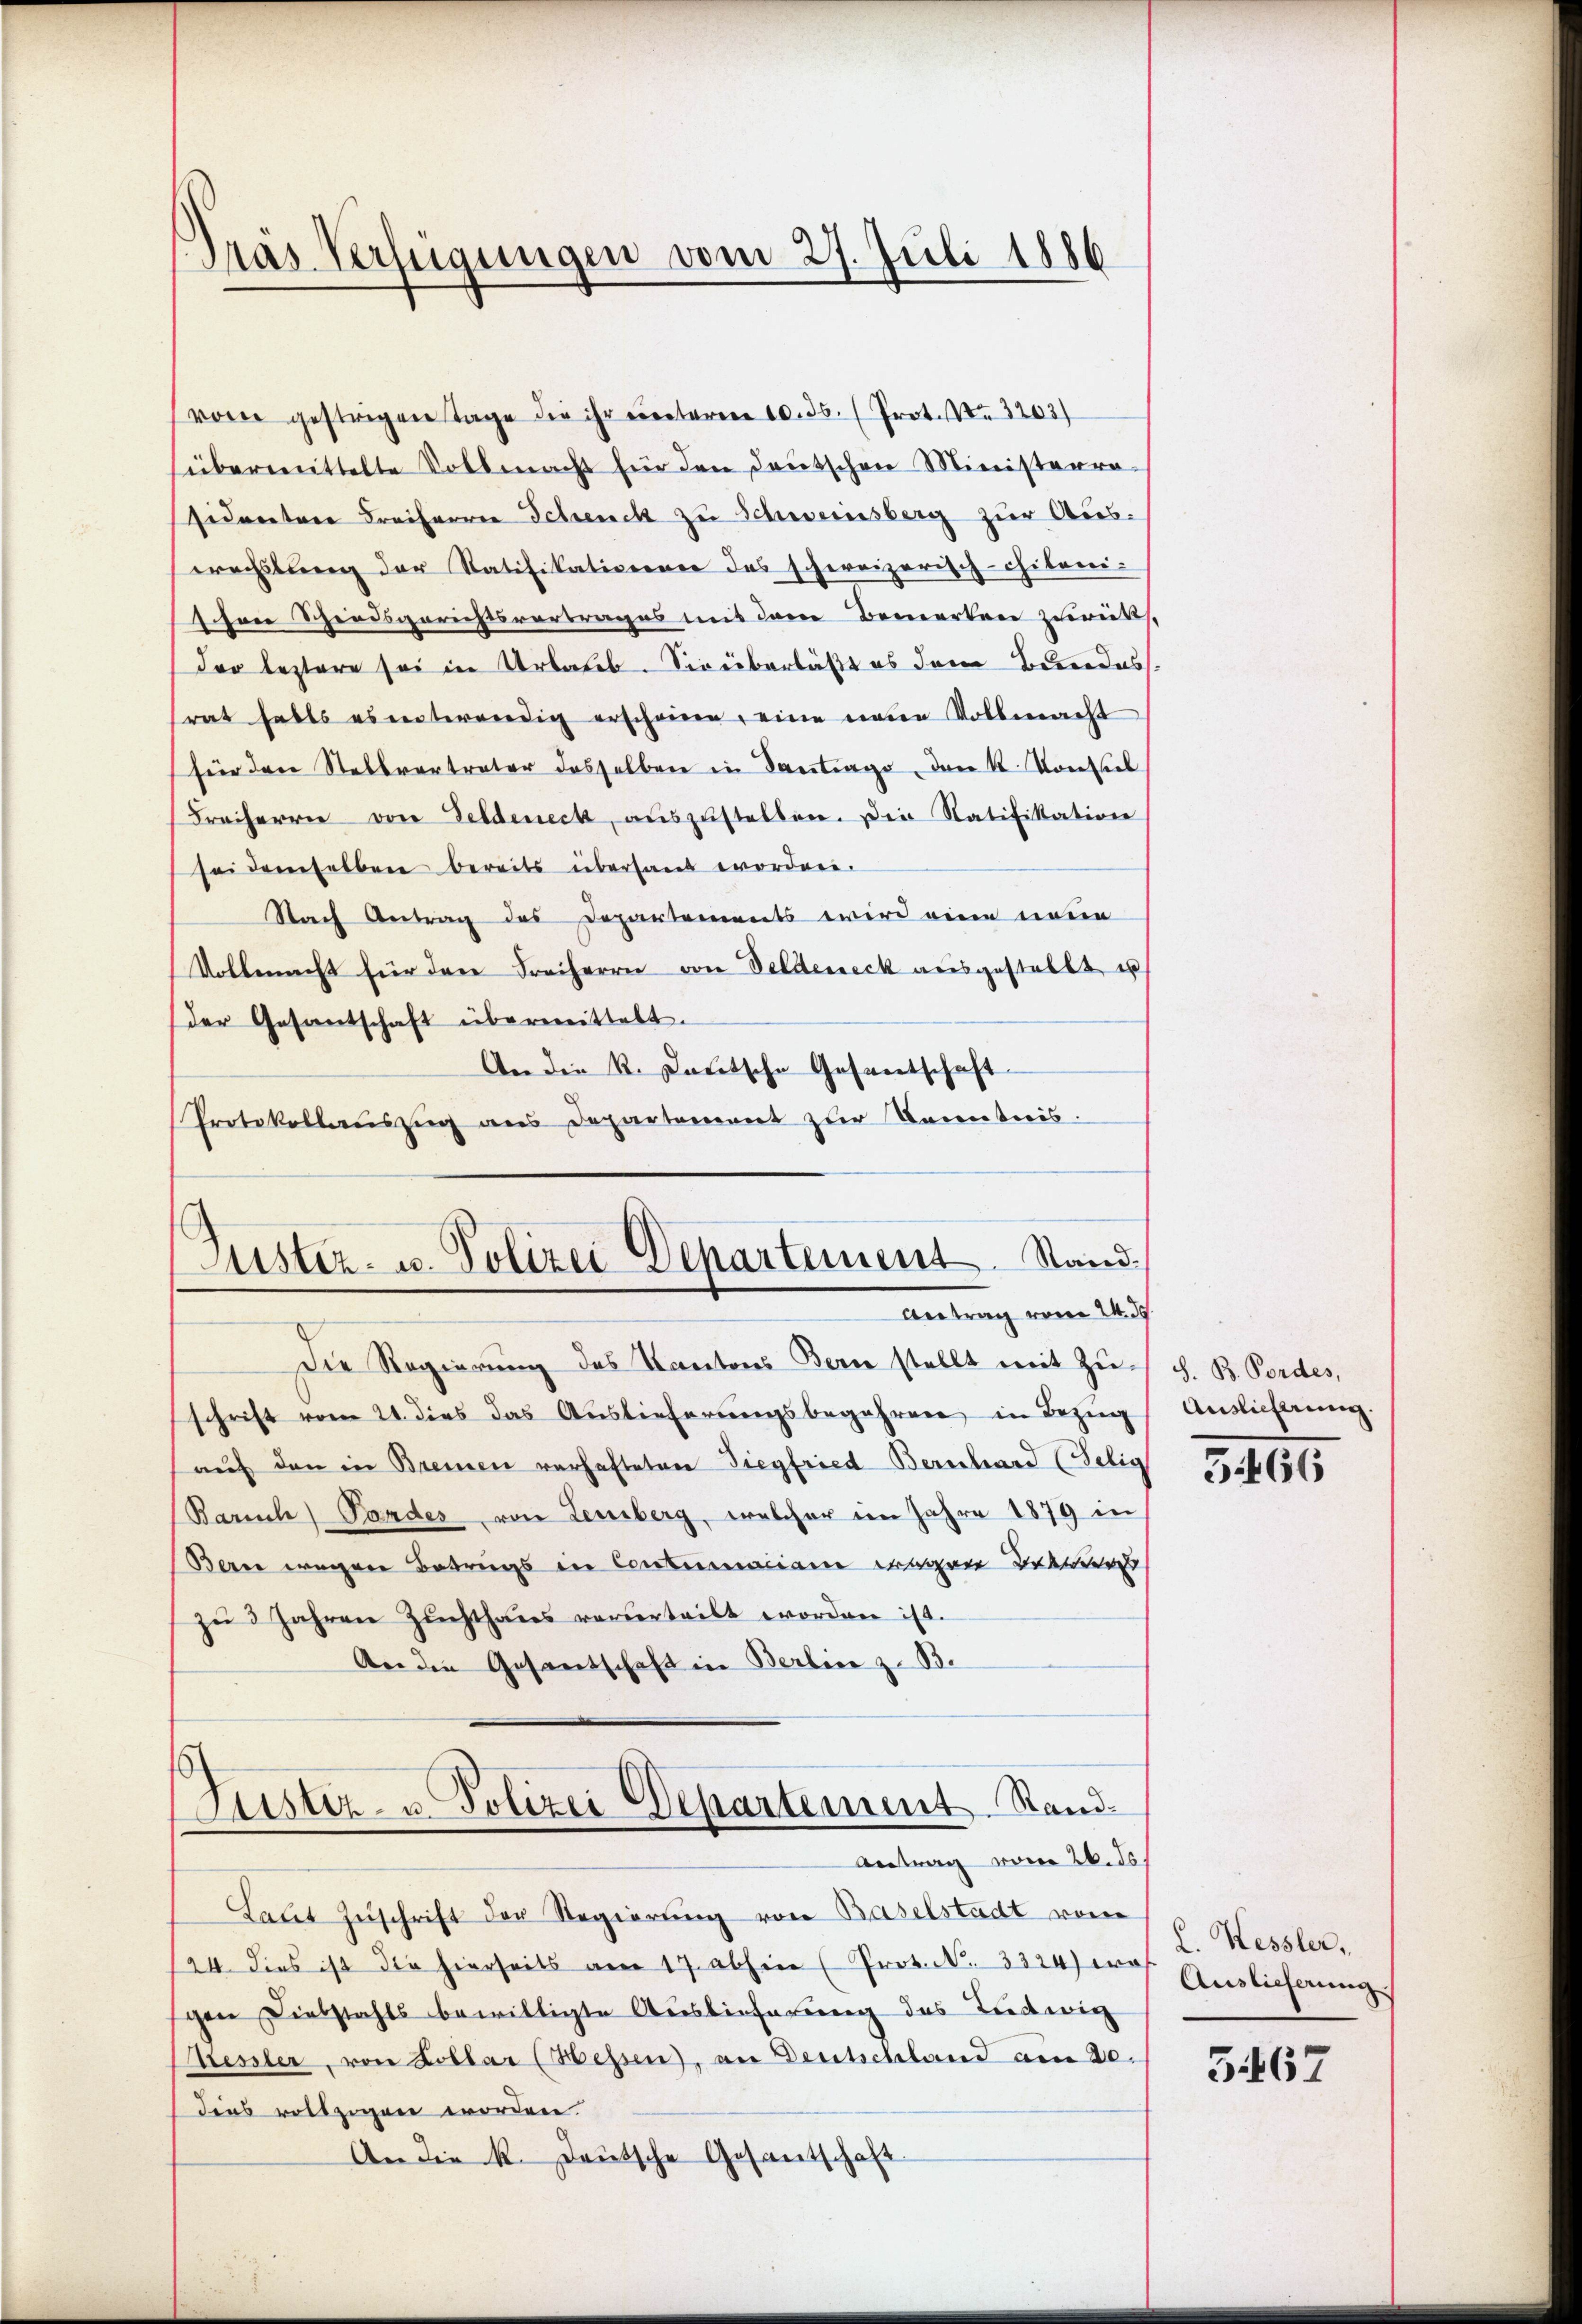
Pras Verfügungen vom 27. Juli 1886

vom gestrigen Tage die ihr unteren 10. 35. (Prot. Nr. 3203)
sübermittelte Vollmacht für den Deutschen Ministerra-
sidentere Freiherren Schenck zu Schweinsberg zur Aus-
wachslung der Ratifikativerner das schweizerisch-chileni-
schon hiedsgerichtsvertrages mit dem Bemerken zurücks.
der leztere sei in Urbaues. Sie überläßt es dem Bundes
rat halts es entwendig erscheinen, eine neue Vollmacht
für den Stellvertreter dasselben in Santrage, den K. Konsich
Freiherrn von Feldeneck, aŭszŭstellen. Die Ratifikation
sei demselben bereits überhand worden.
Nach Antrag des Departements wird eine neue
Vollmacht für den Freiherrn von Veldeneck ausgestellt u
der Gesantschaft übermittelt.
An die k. Lautsche Gesentschaft
Protokollaŭszŭg ans Departement zur Kenntnis.

Guster- u. Polizei Departement. Stand
Antrag vom 24. ds.

Die Regierung des Kantons Bern stellt mit Zuschrift vom 21. dies das Auslieferungsbegehren in Bezug
aŭf den in Brennen verhafteten Siegfried Bernhard (Selig
Baruch, Pandes von Lemberg, welcher im Jahre 1879 in
Berne wegen Betrugs in Contumaciam wegen Betr
zŭ 3 Jahren Zuchthaus vorderteilt worden ist.
An die Gesantschaft in Berlin z. B.
Justiz- u. Polizei Departement. Stand¬
Antrag vom 26. ds.
Laut Zŭschrift der Regierung von Baselstadt von
24. dies ist die hierseits am 17. abhin (Prot. . 3324) nach Auslieferungs
gen Diebstahls bewilligte Auslieferung des Tedwig
tiessler, von Kollar (Hessen, an Deutschland am 20.
dies vollzogen worden.
An die K. Deutsche Gesantschaft

S. B. Fordes,
Auslieferung.
5.466

L. Kessler,

5467